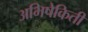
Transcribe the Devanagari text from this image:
अभिषेकिती